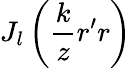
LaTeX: J_{l}\left(\frac{k}{z}r^{\prime}r\right)